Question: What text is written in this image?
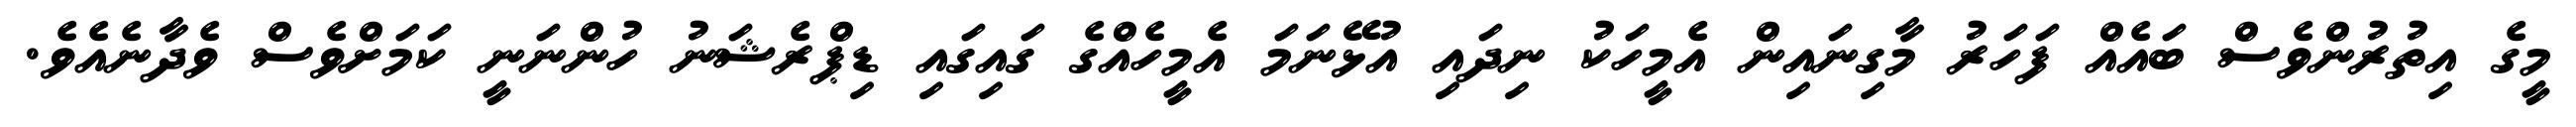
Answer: މީގެ އިތުރުންވެސް ބައެއް ފަހަރު މާގިނައިން އެމީހަކު ނިދައި އުޅޭނަމަ އެމީހެއްގެ ގައިގައި ޑިޕްރެޝަނު ހުންނަނީ ކަމަށްވެސް ވެދާނެއެވެ.